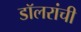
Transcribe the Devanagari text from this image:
डॉलरांची